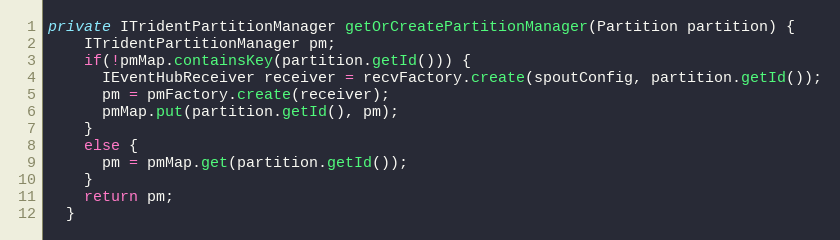
Language: Java
private ITridentPartitionManager getOrCreatePartitionManager(Partition partition) {
    ITridentPartitionManager pm;
    if(!pmMap.containsKey(partition.getId())) {
      IEventHubReceiver receiver = recvFactory.create(spoutConfig, partition.getId());
      pm = pmFactory.create(receiver);
      pmMap.put(partition.getId(), pm);
    }
    else {
      pm = pmMap.get(partition.getId());
    }
    return pm;
  }